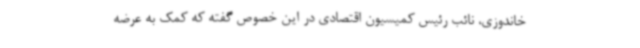
خاندوزی، نائب رئیس کمیسیون اقتصادی در این خصوص گفته که کمک به عرضه